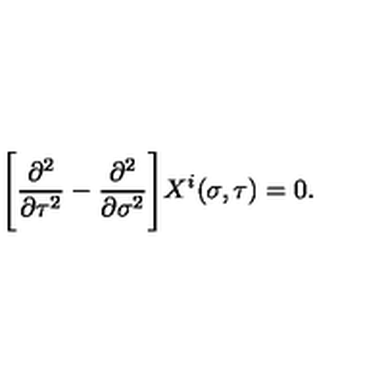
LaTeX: \Biggl [ \frac { \partial ^ { 2 } } { \partial \tau ^ { 2 } } - \frac { \partial ^ { 2 } } { \partial \sigma ^ { 2 } } \Biggr ] X ^ { i } ( \sigma , \tau ) = 0 .